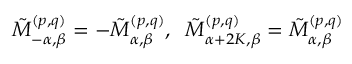
\tilde { M } _ { - \alpha , \beta } ^ { ( p , q ) } = - \tilde { M } _ { \alpha , \beta } ^ { ( p , q ) } , \; \; \tilde { M } _ { \alpha + 2 K , \beta } ^ { ( p , q ) } = \tilde { M } _ { \alpha , \beta } ^ { ( p , q ) }